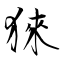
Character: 猍